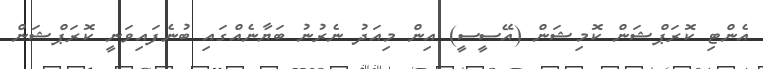
އެންޓި ކޮރަޕްޝަން ކޮމިޝަން (އޭސީސީ) އިން މިއަދު ނެރުނު ބަޔާނެއްގައި ބުނެފައިވަނީ ކޮރަޕްޝަން